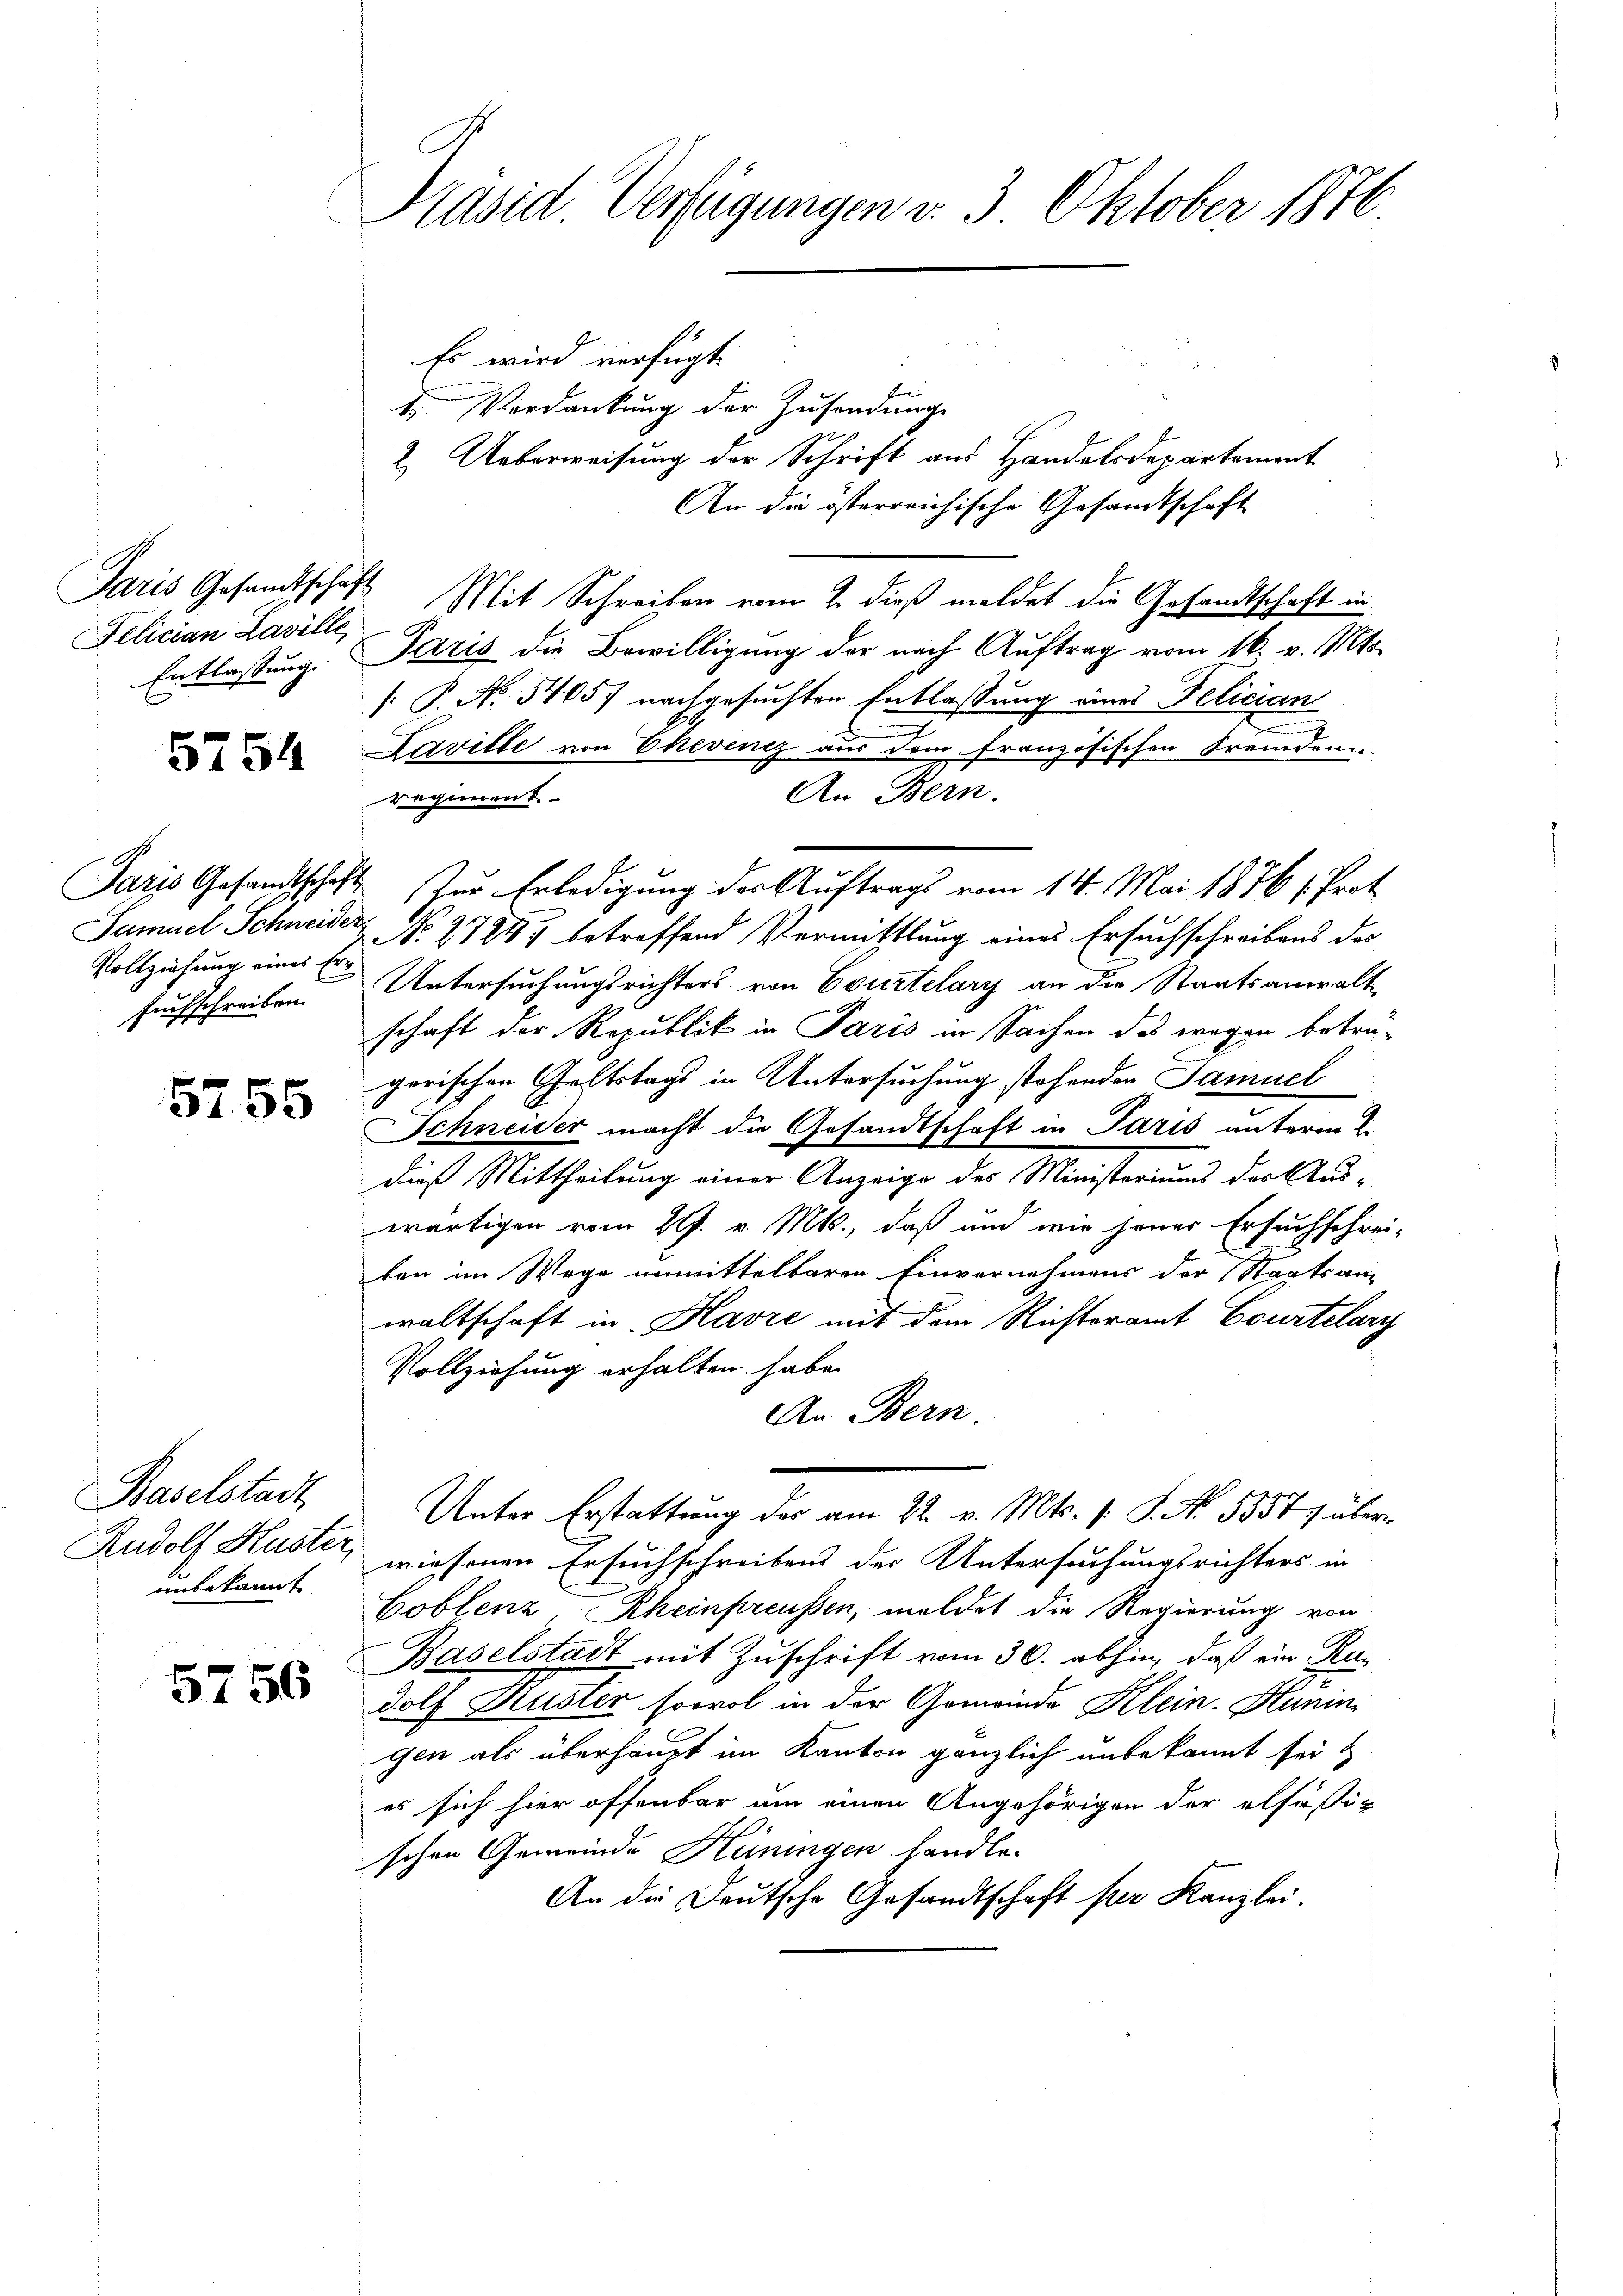
Felician Laville,

5754

Vollziehung eines Ersuchschreiben.

5755

Baselstadt
Rudolf Huster,
unbekannt

5756

Präsid. Verfügungen v. 3. Oktober 1876.

Es wird verfügt
t Verdankung der Zusendung
2. Ueberweisung der Schrift aus Handelsdepartement
An die österreichische Gesandtschaft
Paris Gesandtschaft Mit Schreiben vom 2. dieß meldet die Gesandtschaft in
Entlassung. Paris die Bewilligung der nach Auftrag vom 16. v. Mts.
[: P. No 5405) nachgesuchten Entlassung eines Felician
Laville von Ehevenez aus dem französischen Fremden
An Bern.
regiment
Paris Gesandtschaft zur Erledigung der Auftrags vom 14. Mai 1876 /Prot
Samuel Schneider No 272) betreffend Vermittlung eines Ersuchschreibens das
Untersuchungsrichters von Courtelary an die Staatsanwalt
schaft der Republik in Paris in Sachen des wegen betrügorischen Geltstags in Untersuchung stehenden Samuel
Schneider macht die Gesandtschaft in Paris unterm 2.
dieß Mittheilung einer Anzeige des Ministoriums der Auswärtigen vom 29. v. Mts., daß und wie jenes Ersuchschrei-
ten im Wege unmittelbaren Einvernehmens der Staatsan
waltschaft in Havre mit dem Richteramt Ecurtelary
Vollziehung erhalten habe.
An Bern.
Unter Erstattung des am 22. v. Mts. s. S. No. 5557 überwiesenen Ersuchschreibens der Untersuchungsrichters in
Coblenz, Rheinpreussen, meldet die Regierung von
Baselstadt mit Zuschrift vom 30. abhin, daß ein Radolf Huster sowol in der Gemeinde Klein-Huningen als überhaupt im Kanton gänzlich unbekannt seit
es sich hier offenbar um einen Angehörigen der elfößi-
schen Gemeinde Hüningen handle.
An die Deutsche Gesandtschaft per Kanzlei.